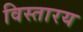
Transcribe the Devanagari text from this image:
विस्तारय